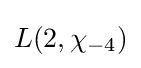
L(2,\chi _{-4})